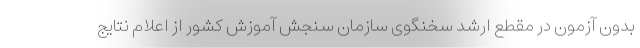
بدون آزمون در مقطع ارشد سخنگوی سازمان سنجش آموزش کشور از اعلام نتایج